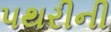
પથરીની